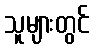
သူများတွင်